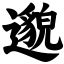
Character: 邈